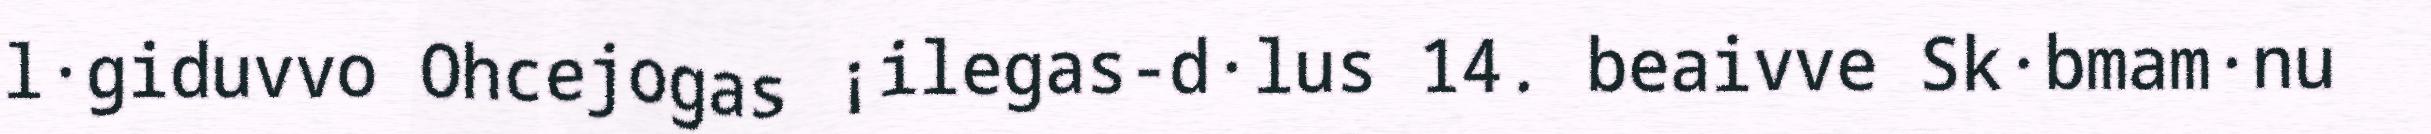
l·giduvvo Ohcejogas ¡ilegas-d·lus 14. beaivve Sk·bmam·nu